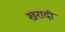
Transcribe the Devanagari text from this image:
खरादी